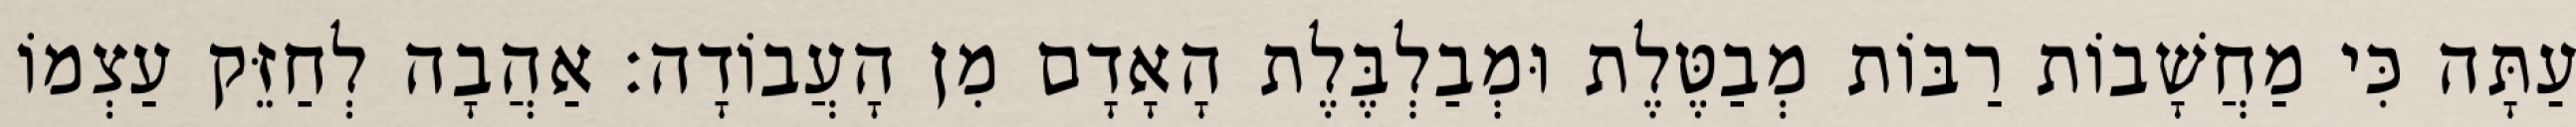
עַתָּה כִּי מַחֲשָׁבוֹת רַבּוֹת מְבַטֶּלֶת וּמְבַלְבֶּלֶת הָאָדָם מִן הָעֲבוֹדָה: אַהֲבָה לְחַזֵּק עַצְמוֹ